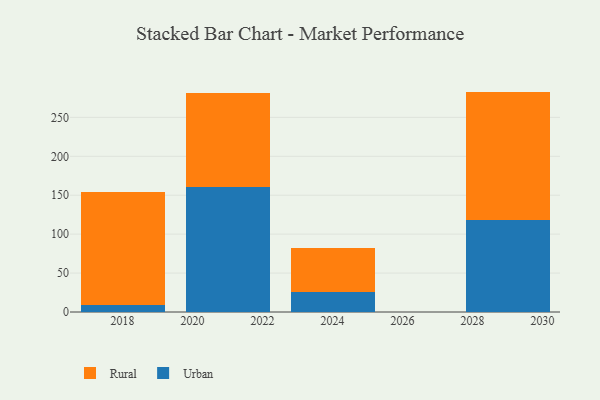
{"axis": {"x": "Year", "y": "Population (Million)"}, "legend": ["Rural", "Urban"], "data": [{"x": "2021", "y": 160.2, "type": "Urban"}, {"x": "2021", "y": 121.7, "type": "Rural"}, {"x": "2029", "y": 118.2, "type": "Urban"}, {"x": "2029", "y": 164.9, "type": "Rural"}, {"x": "2024", "y": 26.3, "type": "Urban"}, {"x": "2024", "y": 55.5, "type": "Rural"}, {"x": "2018", "y": 9.4, "type": "Urban"}, {"x": "2018", "y": 145.0, "type": "Rural"}]}